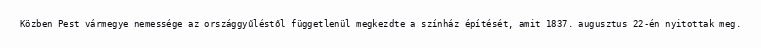
Közben Pest vármegye nemessége az országgyűléstől függetlenül megkezdte a színház építését, amit 1837. augusztus 22-én nyitottak meg.